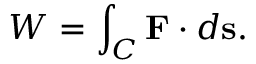
W = \int _ { C } \mathbf { F } \cdot d \mathbf { s } .